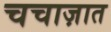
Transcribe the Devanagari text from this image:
चचाज़ात